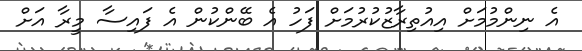
އެ ނިންމުމަށް އިއުތިރާޒުކުރުމަށް ފަހު އެ ބޭންކުން އެ ފައިސާ މީރާ އަށް